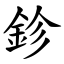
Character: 鉁